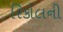
રિકોલની